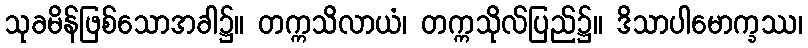
သုခမိန်ဖြစ်သောအခါ၌။ တက္ကသိလာယံ၊ တက္ကသိုလ်ပြည်၌။ ဒိသာပါမောက္ခဿ၊